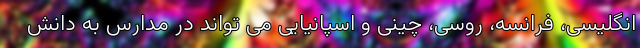
انگلیسی، فرانسه، روسی، چینی و اسپانیایی می تواند در مدارس به دانش